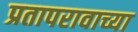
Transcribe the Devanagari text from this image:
प्रतापरावाच्या